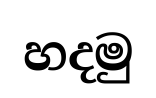
හදමු